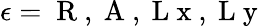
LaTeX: \epsilon=\mathrm{~R~,~A~,~L~x~,~L~y~}